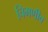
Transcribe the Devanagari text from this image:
चिमणीव